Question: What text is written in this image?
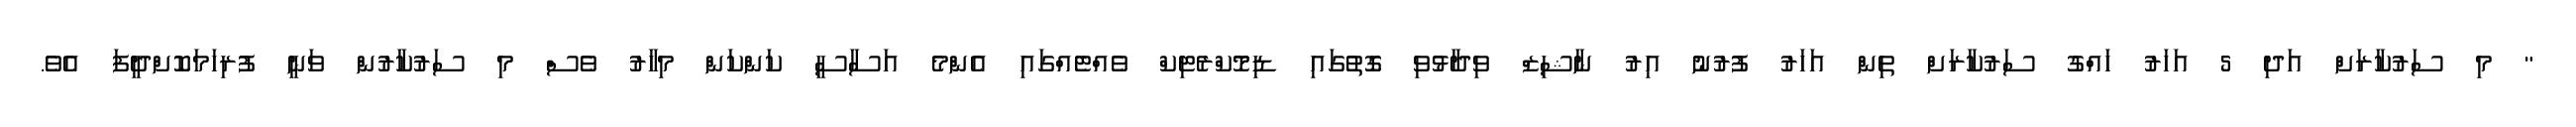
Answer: " މި ސަރުކާރަށް އަދި 5 އަހަރު ހައްގު ސަރުކާރަށް ތިން އަހަރު ފުރުނު އިރު ނާޝިޒް ވިދާޅުވި ގޮތުގައި ޑިމޮކްރެޓިކް ވެއްޓެއްގައި އެންމެ އަސާސީ ކަންކަން މިހާރު ވެސް މި ސަރުކާރުން ވަނީ ފުރިހަމަކޮށްދީފަ އެވެ.